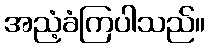
အညံ့ခံကြပါသည်။